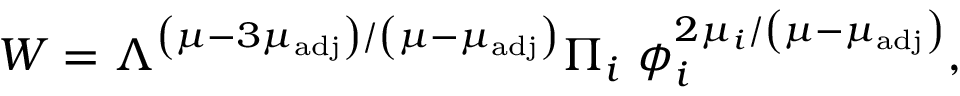
W = \Lambda ^ { \left( \mu - 3 \mu _ { \mathrm { a d j } } \right) / \left( \mu - \mu _ { \mathrm { a d j } } \right) } \Pi _ { i } \ \phi _ { i } ^ { 2 \mu _ { i } / \left( \mu - \mu _ { \mathrm { a d j } } \right) } ,